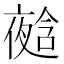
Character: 𭐿